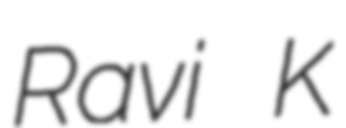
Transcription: Ravi K